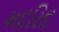
મદરિદ